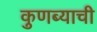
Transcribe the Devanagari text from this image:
कुणब्याची